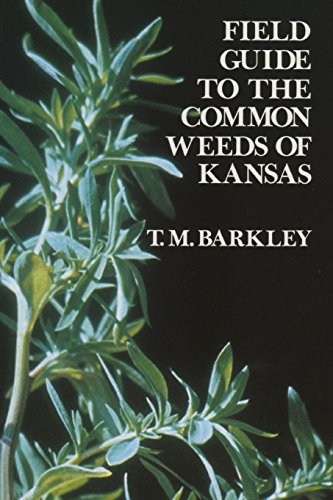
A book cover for Field Guide to the Common Weeds of Kansas; T. M. Barkley; Crafts, Hobbies & Home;